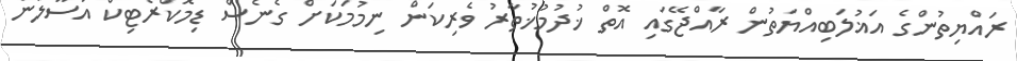
ރައްޔިތުންގެ އަޣުލަބިއްޔަތުން ރާއްޖޭގައި އޮތް ޚުދުމުޚުތާރު ވެރިކަން ނިމުމަކަށް ގެނެސް ޑިމޮކްރެޓިކް އުސޫލުން